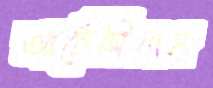
আর্টেসিয়ান